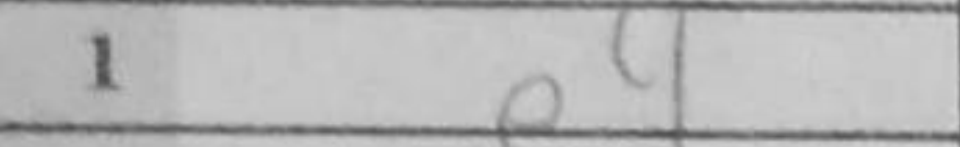
Transcription: e4